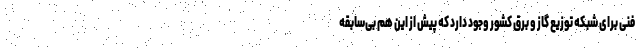
فنی برای شبکه توزیع گاز و برق کشور وجود دارد که پیش از این هم بی‌سابقه